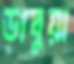
ডাবুয়া